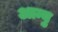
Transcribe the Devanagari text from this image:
आन्यु